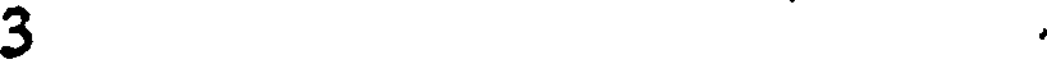
3 .